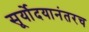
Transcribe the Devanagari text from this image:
सूर्योदयानंतरच